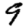
Digit: 9